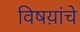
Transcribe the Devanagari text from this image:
विषय़ांचे